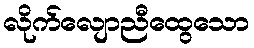
လိုက်လျောညီထွေသော